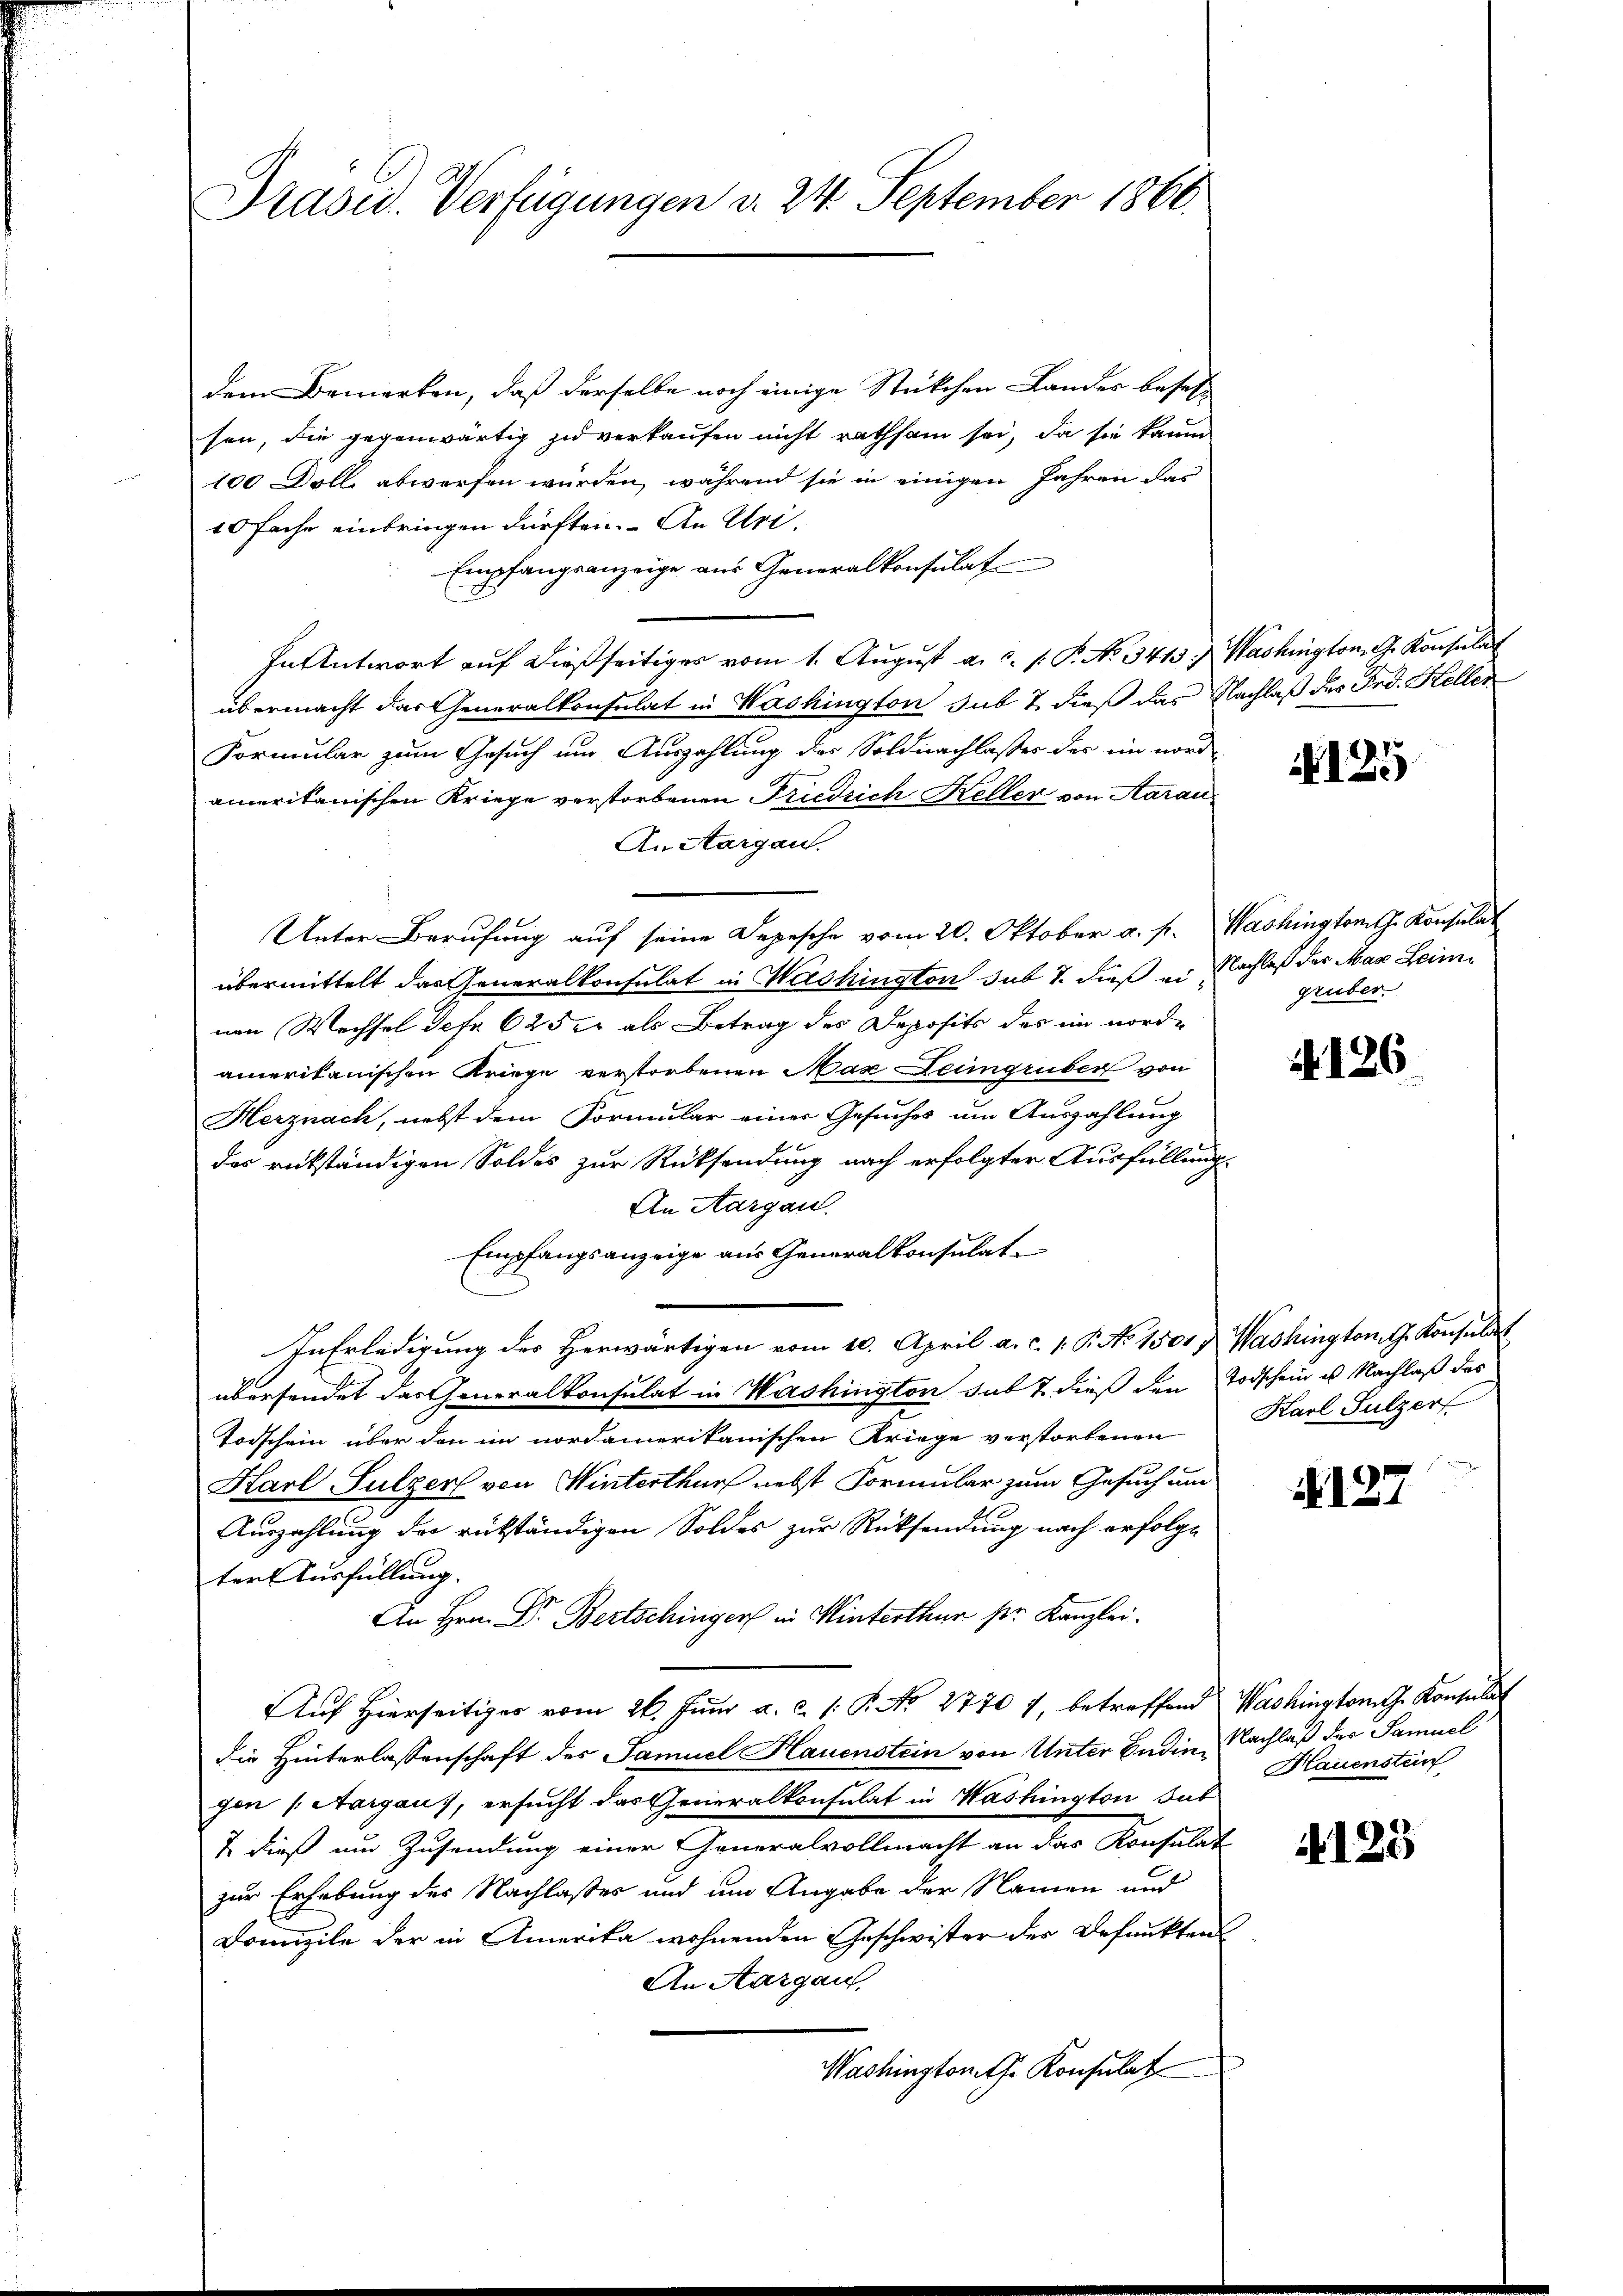
Präsid. Verfügungen v. 24. September 1866.

dem Bemerken, daß derselbe noch einige Stückchen Landes besehe
sen, die gegenwärtig zu verkaufen nicht rathsam sei, da sie kaum
100 Döll, abwerfen würden, während sie in einigen Jahren das
10 fache einbringen dürften. An Uri¬
Empfangsanzeige aus Generalkonsulat
In Antwort auf dießseitiges vom 1. August a. c. s. P. No. 3413. Washington G. Konsulat
übermacht das Generalkonsulat in Washington sub 7, dieß das Nachlaß des Frd. Keller
Formular zum Gesuch um Auszahlung des Soldnachlasses der im nord-
amerikanischen Kriege verstorbenen Friedrich Keller von Aarau
An Aargau.
Unter Berufung auf seine Depesche vom 20. Oktober a. f. Washingtont. Konsulat
übermittelt das Generalkonsulat in Washington sub 7. dieß er Nachlaß der Max Leimnen Wechsel Jefr 625 er als Betrag des Deposite des in worde
amerikanischen Kriege verstorbenen Max Leingruber von
Herznach, nebst dem Formular einer Gesuches um Auszahlung
des rükständigen Soldes zur Rücksendung nach erfolgter Ausfüllung
An Aargau.
Empfangsanzeige aus Generalkonsulat
In Erledigung des Herwärtigen vom 10. April a. c. 1. P. No 1501, Washington G. Konsulat
übersendet das Generalkonsulat in Washington das 7 dieß den Todschein u Nachlaß des
Todschein über den im nordamerikanischen Kriege verstorbenen Karl Sulzer
Karl Sulzer von Winterthur nebst Formular zum Gesuch und
Auszahlung der rükständigen Soldes zur Rücksendung nach erfolge
ter Ausfüllung.
An Hrn. Dr. Bertschinger in Winterthur pr. Kanzlei.
Auf Hierseitiges vom 26. Juni a. c. 1 P. No. 2770 7, betreffend Washingtonte Konsula
die Hinterlassenschaft des Samuel Hauenstein von Unter Endin, Nachlaß des Samuel
gen (Aargaus, ersucht das Generalkonsulat in Washington Tut
& dieß um Zusendung einer Generalvollmacht an das Konsulat
zur Erhebung des Nachlasses und um Angabe der Namen und
Domizile der in Amerika wohnenden Geschwister des Befunkten
An Aargau,
Washington G. Konsulat

. 125

gruber.

4126

127

Hauenstein

4125